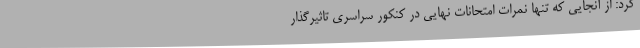
کرد: از آنجایی که تنها نمرات امتحانات نهایی در کنکور سراسری تاثیرگذار